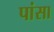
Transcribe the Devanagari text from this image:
पांसा